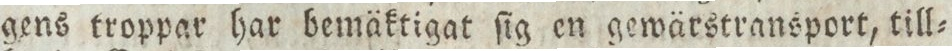
gens troppar har bemäktigat ſig en gewärstransport, till=